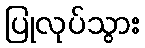
ပြုလုပ်သွား